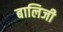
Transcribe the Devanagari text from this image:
बालिजी